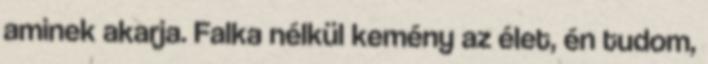
aminek akarja. Falka nélkül kemény az élet, én tudom,